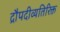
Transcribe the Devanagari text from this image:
द्रौपदीव्यतिरिक्त